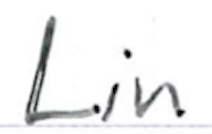
Text: Lin
Cross-out: clean
Writing tool: ballpoint